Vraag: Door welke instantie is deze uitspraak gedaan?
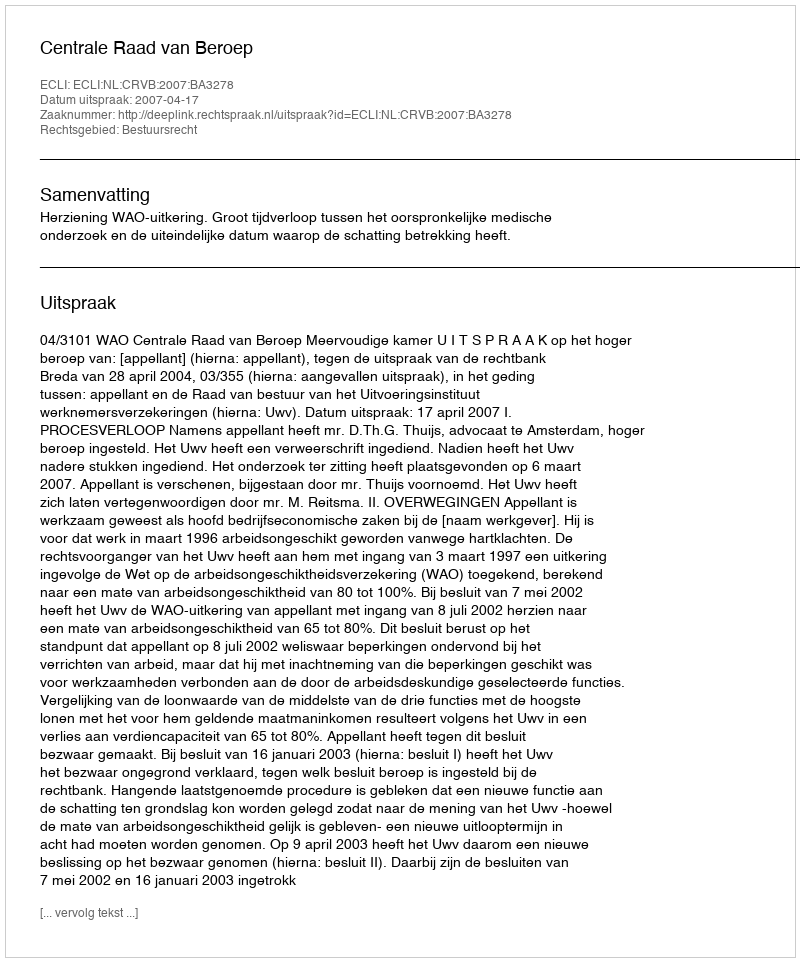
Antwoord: Centrale Raad van Beroep